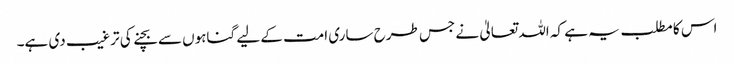
اس کا مطلب یہ ہے کہ اللہ تعالیٰ نے جس طرح ساری امت کے لیے گناہوں سے بچنے کی ترغیب دی ہے۔